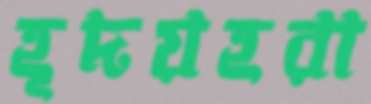
হূদয়হরা